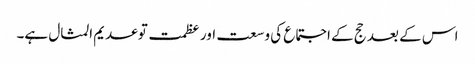
اس کے بعد حج کے اجتماع کی وسعت اور عظمت توعدیم المثال ہے۔